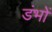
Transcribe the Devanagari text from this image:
डंभों